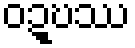
ဝဍ္ဎဿ